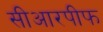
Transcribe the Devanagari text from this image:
सीआरपीफ